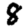
Digit: 8